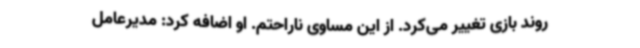
روند بازی تغییر می‌کرد. از این مساوی ناراحتم. او اضافه کرد: مدیرعامل